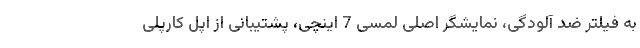
به فیلتر ضد آلودگی، نمایشگر اصلی لمسی 7 اینچی، پشتیبانی از اپل کارپلی